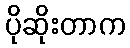
ပိုဆိုးတာက